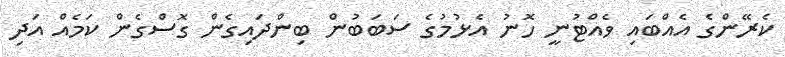
ކެރޭންގެ އެއްބައި ވެއްޓުނީ ހޮނު އެޅުމުގެ ސަބަބުން ބިންދައިގެން ގޮސްގެން ކަމެއް އަދި